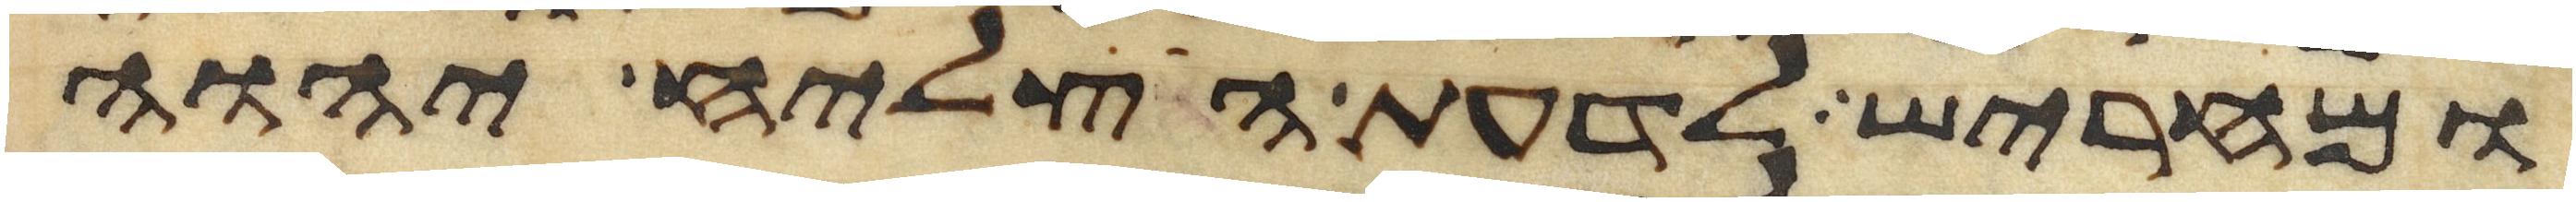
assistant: ומחריש לדעת הצליח יהוה